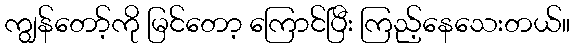
ကျွန်တော့်ကို မြင်တော့ ကြောင်ပြီး ကြည့်နေသေးတယ်။